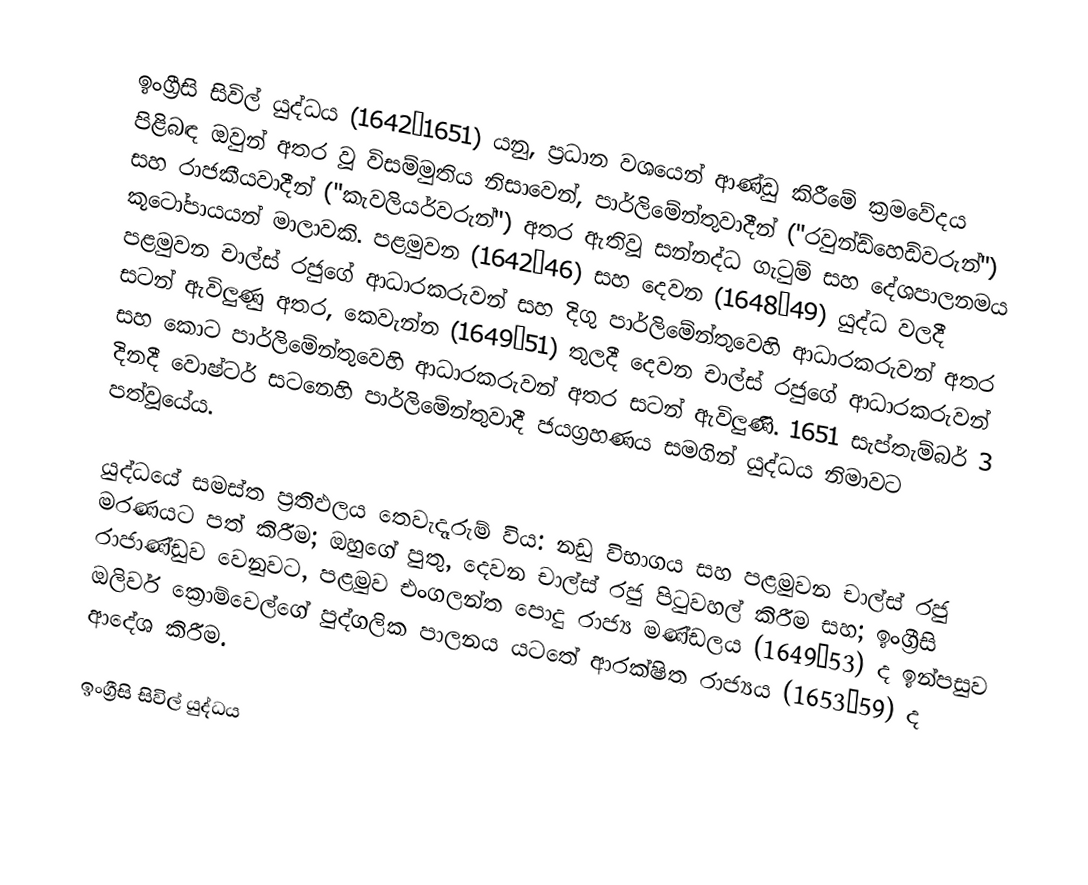
ඉංග්‍රීසි සිවිල් යුද්ධය (1642–1651) යනු, ප්‍රධාන වශයෙන් ආණ්ඩු කිරීමේ ක්‍රමවේදය පිළිබඳ ඔවුන් අතර වූ  විසම්මුතිය නිසාවෙන්,  පාර්ලිමේන්තුවාදීන් ("රවුන්ඩ්හෙඩ්වරුන්") සහ  රාජකීයවාදීන් ("කැවලියර්වරුන්") අතර ඇතිවූ සන්නද්ධ ගැටුම් සහ දේශපාලනමය කූටෝපායයන් මාලාවකි. පළමුවන (1642–46) සහ දෙවන (1648–49) යුද්ධ වලදී  පළමුවන චාල්ස් රජුගේ ආධාරකරුවන් සහ දිගු පාර්ලිමේන්තුවෙහි ආධාරකරුවන් අතර සටන් ඇවිලුණු අතර, කෙවැන්න (1649–51) තුලදී දෙවන චාල්ස් රජුගේ ආධාරකරුවන් සහ  කොට පාර්ලිමේන්තුවෙහි ආධාරකරුවන් අතර සටන් ඇවිලුණි. 1651 සැප්තැම්බර් 3 දිනදී වොෂ්ටර් සටනෙහි පාර්ලිමේන්තුවාදී ජයග්‍රහණය සමගින්  යුද්ධය නිමාවට පත්වූයේය.

යුද්ධයේ සමස්ත ප්‍රතිඵලය තෙවැදෑරුම් විය: නඩු විභාගය සහ පළමුවන චාල්ස් රජු මරණයට පත් කිරීම; ඔහුගේ පුතු, දෙවන චාල්ස් රජු පිටුවහල් කිරීම සහ; ඉංග්‍රීසි රාජාණ්ඩුව වෙනුවට, පළමුව එංගලන්ත පොදු රාජ්‍ය මණ්ඩලය (1649–53) ද ඉන්පසුව ඔලිවර් ක්‍රොම්වෙල්ගේ පුද්ගලික පාලනය යටතේ ආරක්ෂිත රාජ්‍යය (1653–59) ද ආදේශ කිරීම.

ඉංග්‍රීසි සිවිල් යුද්ධය